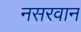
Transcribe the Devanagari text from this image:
नसरवान